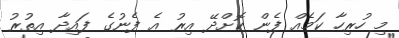
މި ހުރިހާ ކަމެއް ފެން ކޮށްދޭ އިރު އެ ފެނުގެ ފައިދާ އިތުރު